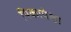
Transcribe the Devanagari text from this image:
पिकापेक्षा